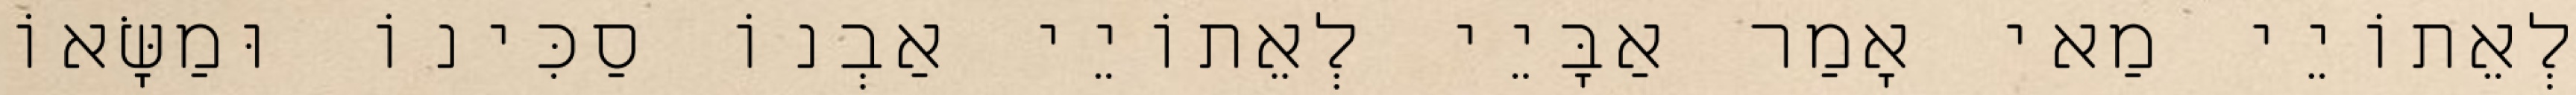
לְאֵתוֹיֵי מַאי אָמַר אַבָּיֵי לְאֵתוֹיֵי אַבְנוֹ סַכִּינוֹ וּמַשָּׂאוֹ